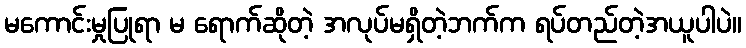
မကောင်းမှုပြုရာ မ ရောက်ဆိုတဲ့ အလုပ်မရှိတဲ့ဘက်က ရပ်တည်တဲ့အယူပါပဲ။